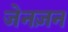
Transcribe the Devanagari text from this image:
जेनज़न